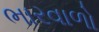
ભારવાળો